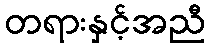
တရားနှင့်အညီ